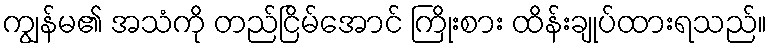
ကျွန်မ၏ အသံကို တည်ငြိမ်အောင် ကြိုးစား ထိန်းချုပ်ထားရသည်။